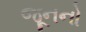
જૂનનો